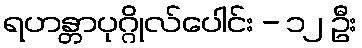
ရဟန္တာပုဂ္ဂိုလ်ပေါင်း - ၁၂ ဦး